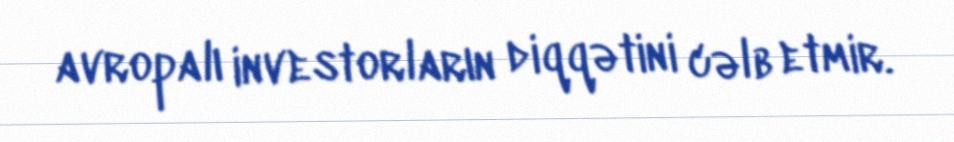
avropalı investorların diqqətini cəlb etmir.